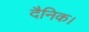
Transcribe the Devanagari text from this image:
दैनिक।